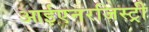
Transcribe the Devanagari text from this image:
आईएनरजिस्ट्री